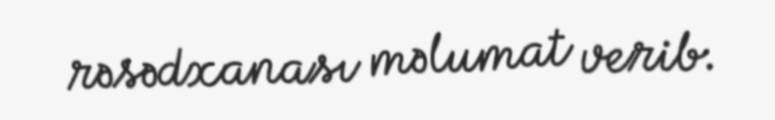
rəsədxanası məlumat verib.